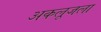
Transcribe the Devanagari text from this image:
अकलूजला